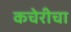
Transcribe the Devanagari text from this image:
कचेरीचा